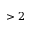
> 2